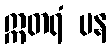
ဣတရံ ပန